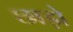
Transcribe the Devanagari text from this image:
छाड़ो